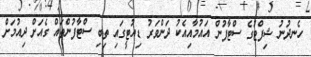
ހެނދުނު ޝިފްޓުގެ ސްޓާފުން އައުމާއިއެކު ދަންވަރު ޑިއުޓީގައި ތިބި ސްޓާފުންތައް ގެއަށް ދިއުމަށް